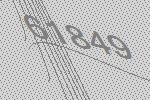
61849